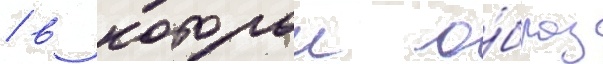
/ в которои о́браз